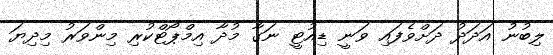
ލިބުނު އަދަދު ދަށްވެފައި ވަނީ ޑިއުޓީ ނަގާ މުދާ އިމްޕޯޓްކުރި މިންވަރު މިދިޔަ